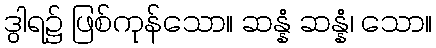
ဒွါရ၌ ဖြစ်ကုန်သော။ ဆန္နံ ဆန္နံ၊ သော။